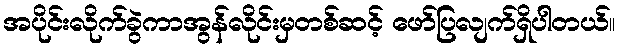
အပိုင်းလိုက်ခွဲကာအွန်လိုင်းမှတစ်ဆင့် ဖော်ပြလျက်ရှိပါတယ်။